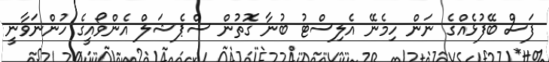
ފަސް ބޭފުޅެއްގެ ނަން ހިމެނޭ އެލިސްޓު ބުނާ ގޮތުން ސްޕެޝަލް އެންވޯއީގެ ހުންނަވާނީ